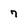
Character: 7